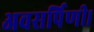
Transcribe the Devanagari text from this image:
अवसर्पिणी।